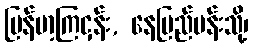
မြန်မာ့ကြငှန်း, နေပြည်မန်းသို့၊